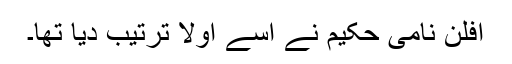
افلن نامی حکیم نے اِسے اوّلاً ترتیب دیا تھا۔